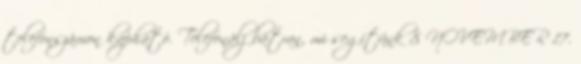
telefonszámon kapható. Telefonálj bátran, mi segítünk 8 NOVEMBER 17.